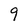
Character: 9